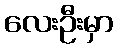
လေးဦးမှာ